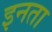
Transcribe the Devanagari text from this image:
इनता